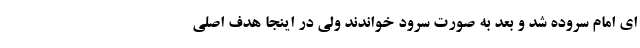
ای امام سروده شد و بعد به صورت سرود خواندند ولی در اینجا هدف اصلی